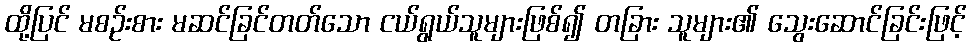
ထို့ပြင် မစဉ်းစား မဆင်ခြင်တတ်သော ငယ်ရွယ်သူများဖြစ်၍ တခြား သူများ၏ သွေးဆောင်ခြင်းဖြင့်